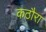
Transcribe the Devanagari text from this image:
कठौरा